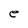
Character: e